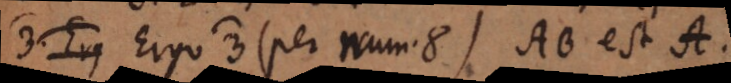
# AAB. Ergo 3) (per num. 8) AB est A.